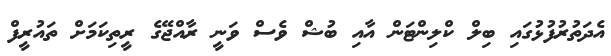
އެދަތުރުފުޅުގައި ބިލް ކްލިންޓަން އާއި ބުޝް ވެސް ވަނީ ރާއްޖޭގެ ރީތިކަމަށް ތައުރީފް